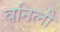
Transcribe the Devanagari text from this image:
वनिली